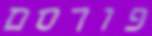
פורסם